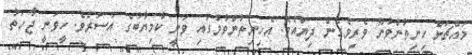
މައްޗަށް ހިނިތުންވުން ވެރިވެގެން ދިޔައެވެ. އެހިނިތުންވުމުގައި ވަނީ ކާމިޔާބުގެ އަސަރެވެ. ހީވަނީ ޖާހަތު